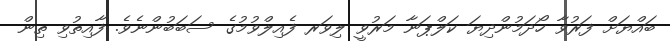
ބައްޔަށް ފަރުވާ ހޯދަމުންދިޔަ ކަލްޕަނާ މަރުވީ ލިވަރ ފެއިލްވުމުގެ ސަބަބުންނެވެ. ފާއިތުވި ތިން